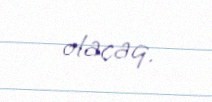
olacaq.